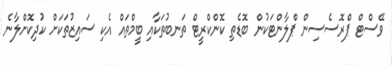
ވޭސްޓް ޕްރޮސެސިން ޕްލާންޓަކުން ބޮޑެތި ކޮންކްރީޓް ތަނބުތަކާއި ބީމްތައް އެކި ސައިޒުތަކަށް ކުދިކޮށްލާނެ